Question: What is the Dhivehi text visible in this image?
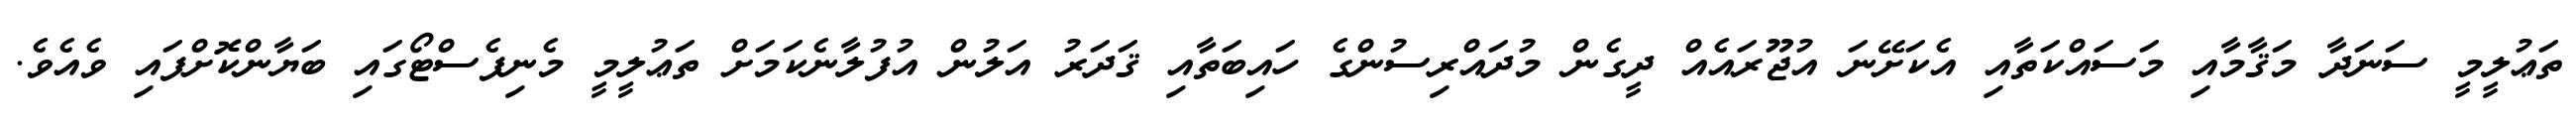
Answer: ތަޢުލީމީ ސަނަދާ މަޤާމާއި މަސައްކަތާއި އެކަށޭނަ އުޖޫރައެއް ދީގެން މުދައްރިސުންގެ ހައިބަތާއި ޤަދަރު އަލުން އުފުލާނެކަމަށް ތަޢުލީމީ މެނިފެސްޓޯގައި ބަޔާންކޮށްފައި ވެއެވެ.